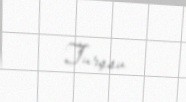
Turşsu